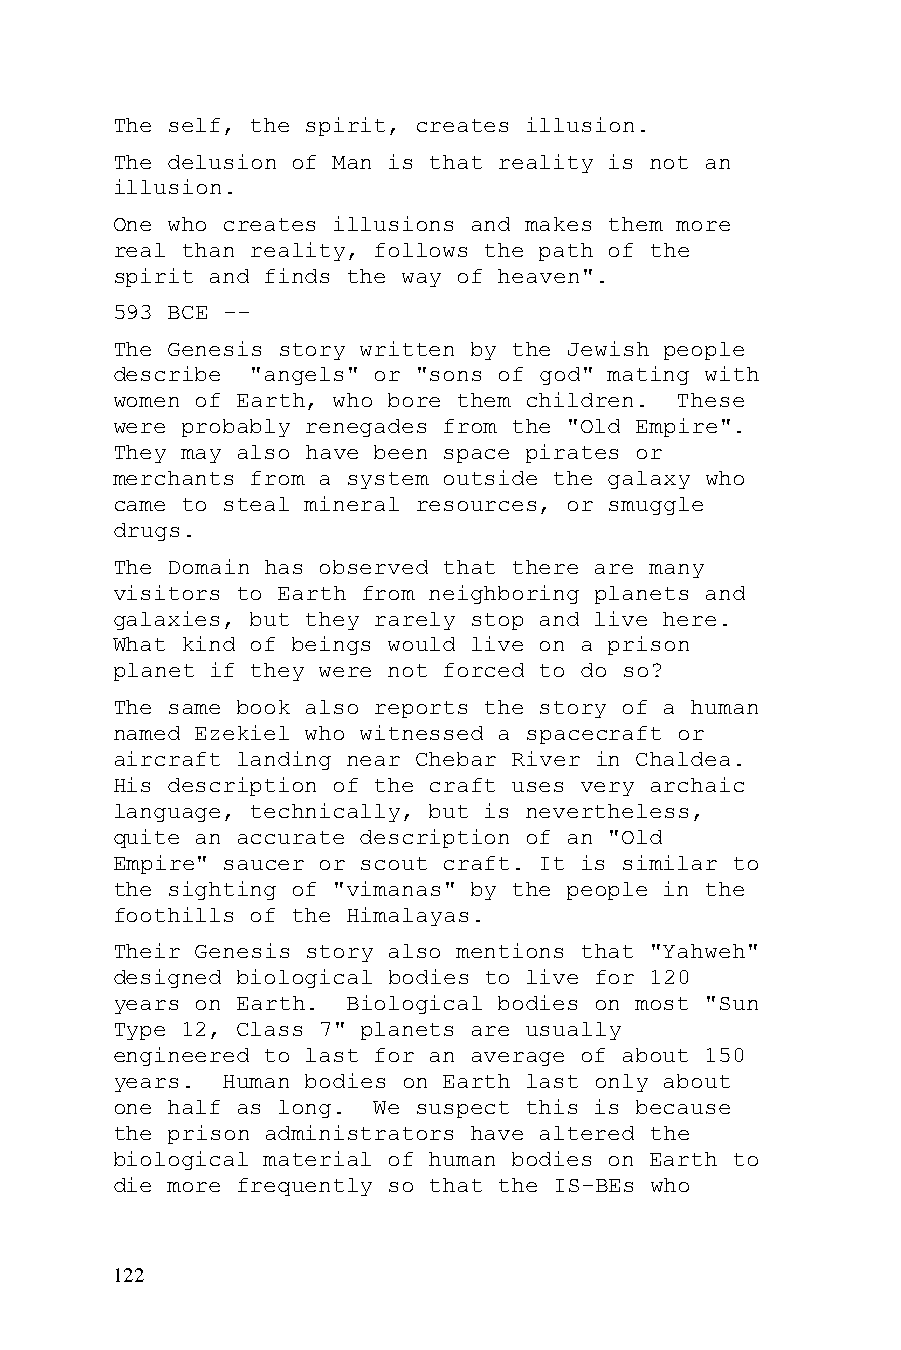
The self, the spirit, creates illusion.
 The delusion of Man is that reality is not an
 illusion.
 One who creates illusions and makes them more
 real than reality, follows the path of the
 spirit and finds the way of heaven".
 593 BCE --
 The Genesis story written by the Jewish people
 describe  "angels" or "sons of god" mating with
 women of Earth, who bore them children. These
 were probably renegades from the "Old Empire".
 They may also have been space pirates or
 merchants from a system outside the galaxy who
 came to steal mineral resources, or smuggle
 drugs.
 The Domain has observed that there are many
 visitors to Earth from neighboring planets and
 galaxies, but they rarely stop and live here.
 What kind of beings would live on a prison
 planet if they were not forced to do so?
 The same book also reports the story of a human
 named Ezekiel who witnessed a spacecraft or
 aircraft landing near Chebar River in Chaldea.
 His description of the craft uses very archaic
 language, technically, but is nevertheless,
 quite an accurate description of an "Old
 Empire" saucer or scout craft. It is similar to
 the sighting of "vimanas" by the people in the
 foothills of the Himalayas.
 Their Genesis story also mentions that "Yahweh"
 designed biological bodies to live for 120
 years on Earth. Biological bodies on most "Sun
 Type 12, Class 7" planets are usually
 engineered to last for an average of about 150
 years.  Human bodies on Earth last only about
 one half as long. We suspect this is because
 the prison administrators have altered the
 biological material of human bodies on Earth to
 die more frequently so that the IS-BEs who
 122